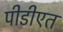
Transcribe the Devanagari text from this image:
पीडीएत